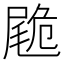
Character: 𡳀